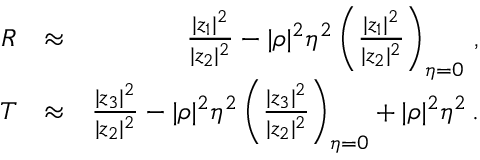
\begin{array} { r l r } { R } & { \approx } & { \frac { | z _ { 1 } | ^ { 2 } } { | z _ { 2 } | ^ { 2 } } - | \rho | ^ { 2 } \eta ^ { 2 } \left( \frac { | z _ { 1 } | ^ { 2 } } { | z _ { 2 } | ^ { 2 } } \right) _ { \eta = 0 } \, , } \\ { T } & { \approx } & { \frac { | z _ { 3 } | ^ { 2 } } { | z _ { 2 } | ^ { 2 } } - | \rho | ^ { 2 } \eta ^ { 2 } \left( \frac { | z _ { 3 } | ^ { 2 } } { | z _ { 2 } | ^ { 2 } } \right) _ { \eta = 0 } + | \rho | ^ { 2 } \eta ^ { 2 } \, . } \end{array}